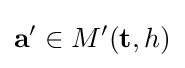
\mathbf {a'} \in M'(\mathbf {t} ,h)